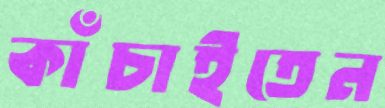
কাঁচাইতেন